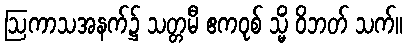
ဩကာသအနက်၌ သတ္တမီ ဧကဝုစ် သ္မိံ ဝိဘတ် သက်။